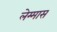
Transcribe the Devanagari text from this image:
लेम्मास